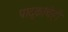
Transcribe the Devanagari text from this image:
पादुकांचेही